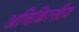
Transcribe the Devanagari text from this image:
अचिकित्सीय